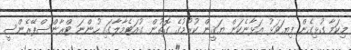
މިކަމާ ގުޅިގެން ފިޔަވަޅު އަޅާނެކަން ޔަޤީން ކުރުމުގެ ގޮތުން ގުއަޓެމާލާގައި ހުންނަ ޓްރާންސްޕޭރެންސީ